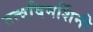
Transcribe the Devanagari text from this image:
तत्वविमर्शिनी